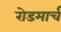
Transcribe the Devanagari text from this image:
रोडमार्च